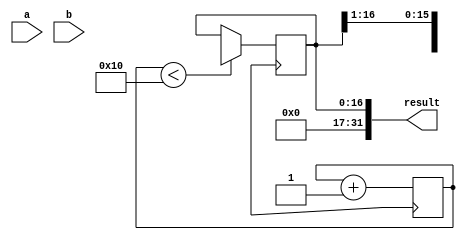
module Booth_Multiplier (
    input [15:0] a,
    input [15:0] b,
    output reg [31:0] result
);

reg [15:0] multiplicand;
reg [15:0] multiplier;
reg [31:0] partial_product;
reg [4:0] stage_count;
reg [1:0] mbooth_encoder;
reg [16:0] sum_register;

initial begin
    multiplicand = a;
    multiplier = b;
    partial_product = 0;
    stage_count = 0;
    mbooth_encoder = 2'b00;
    sum_register = 17'b0;
end

always @(*) begin
    case(mbooth_encoder)
        2'b00: partial_product = partial_product + 0;
        2'b01: partial_product = partial_product + multiplicand;
        2'b10: partial_product = partial_product - multiplicand;
        2'b11: partial_product = partial_product + 0;
        default: partial_product = partial_product + 0;
    endcase
    case(stage_count)
        5'b00000: mbooth_encoder = 2'b00;
        5'b00001: mbooth_encoder = {multiplier[0], multiplier[15]};
        5'b00010: mbooth_encoder = {multiplier[1], multiplier[0]};
        // Add more cases for additional stages
        default: mbooth_encoder = 2'b00;
    endcase
end

always @(posedge clk) begin
    if (stage_count < 16) begin
        sum_register <= {partial_product, sum_register[31:1]};
    end
    stage_count <= stage_count + 1;
end

assign result = sum_register;

endmodule